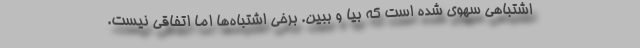
اشتباهی سهوی شده است که بیا و ببین. برخی اشتباه‌ها اما اتفاقی نیست.